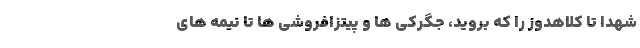
شهدا تا کلاهدوز را که بروید، جگرکی ها و پیتزافروشی ها تا نیمه های